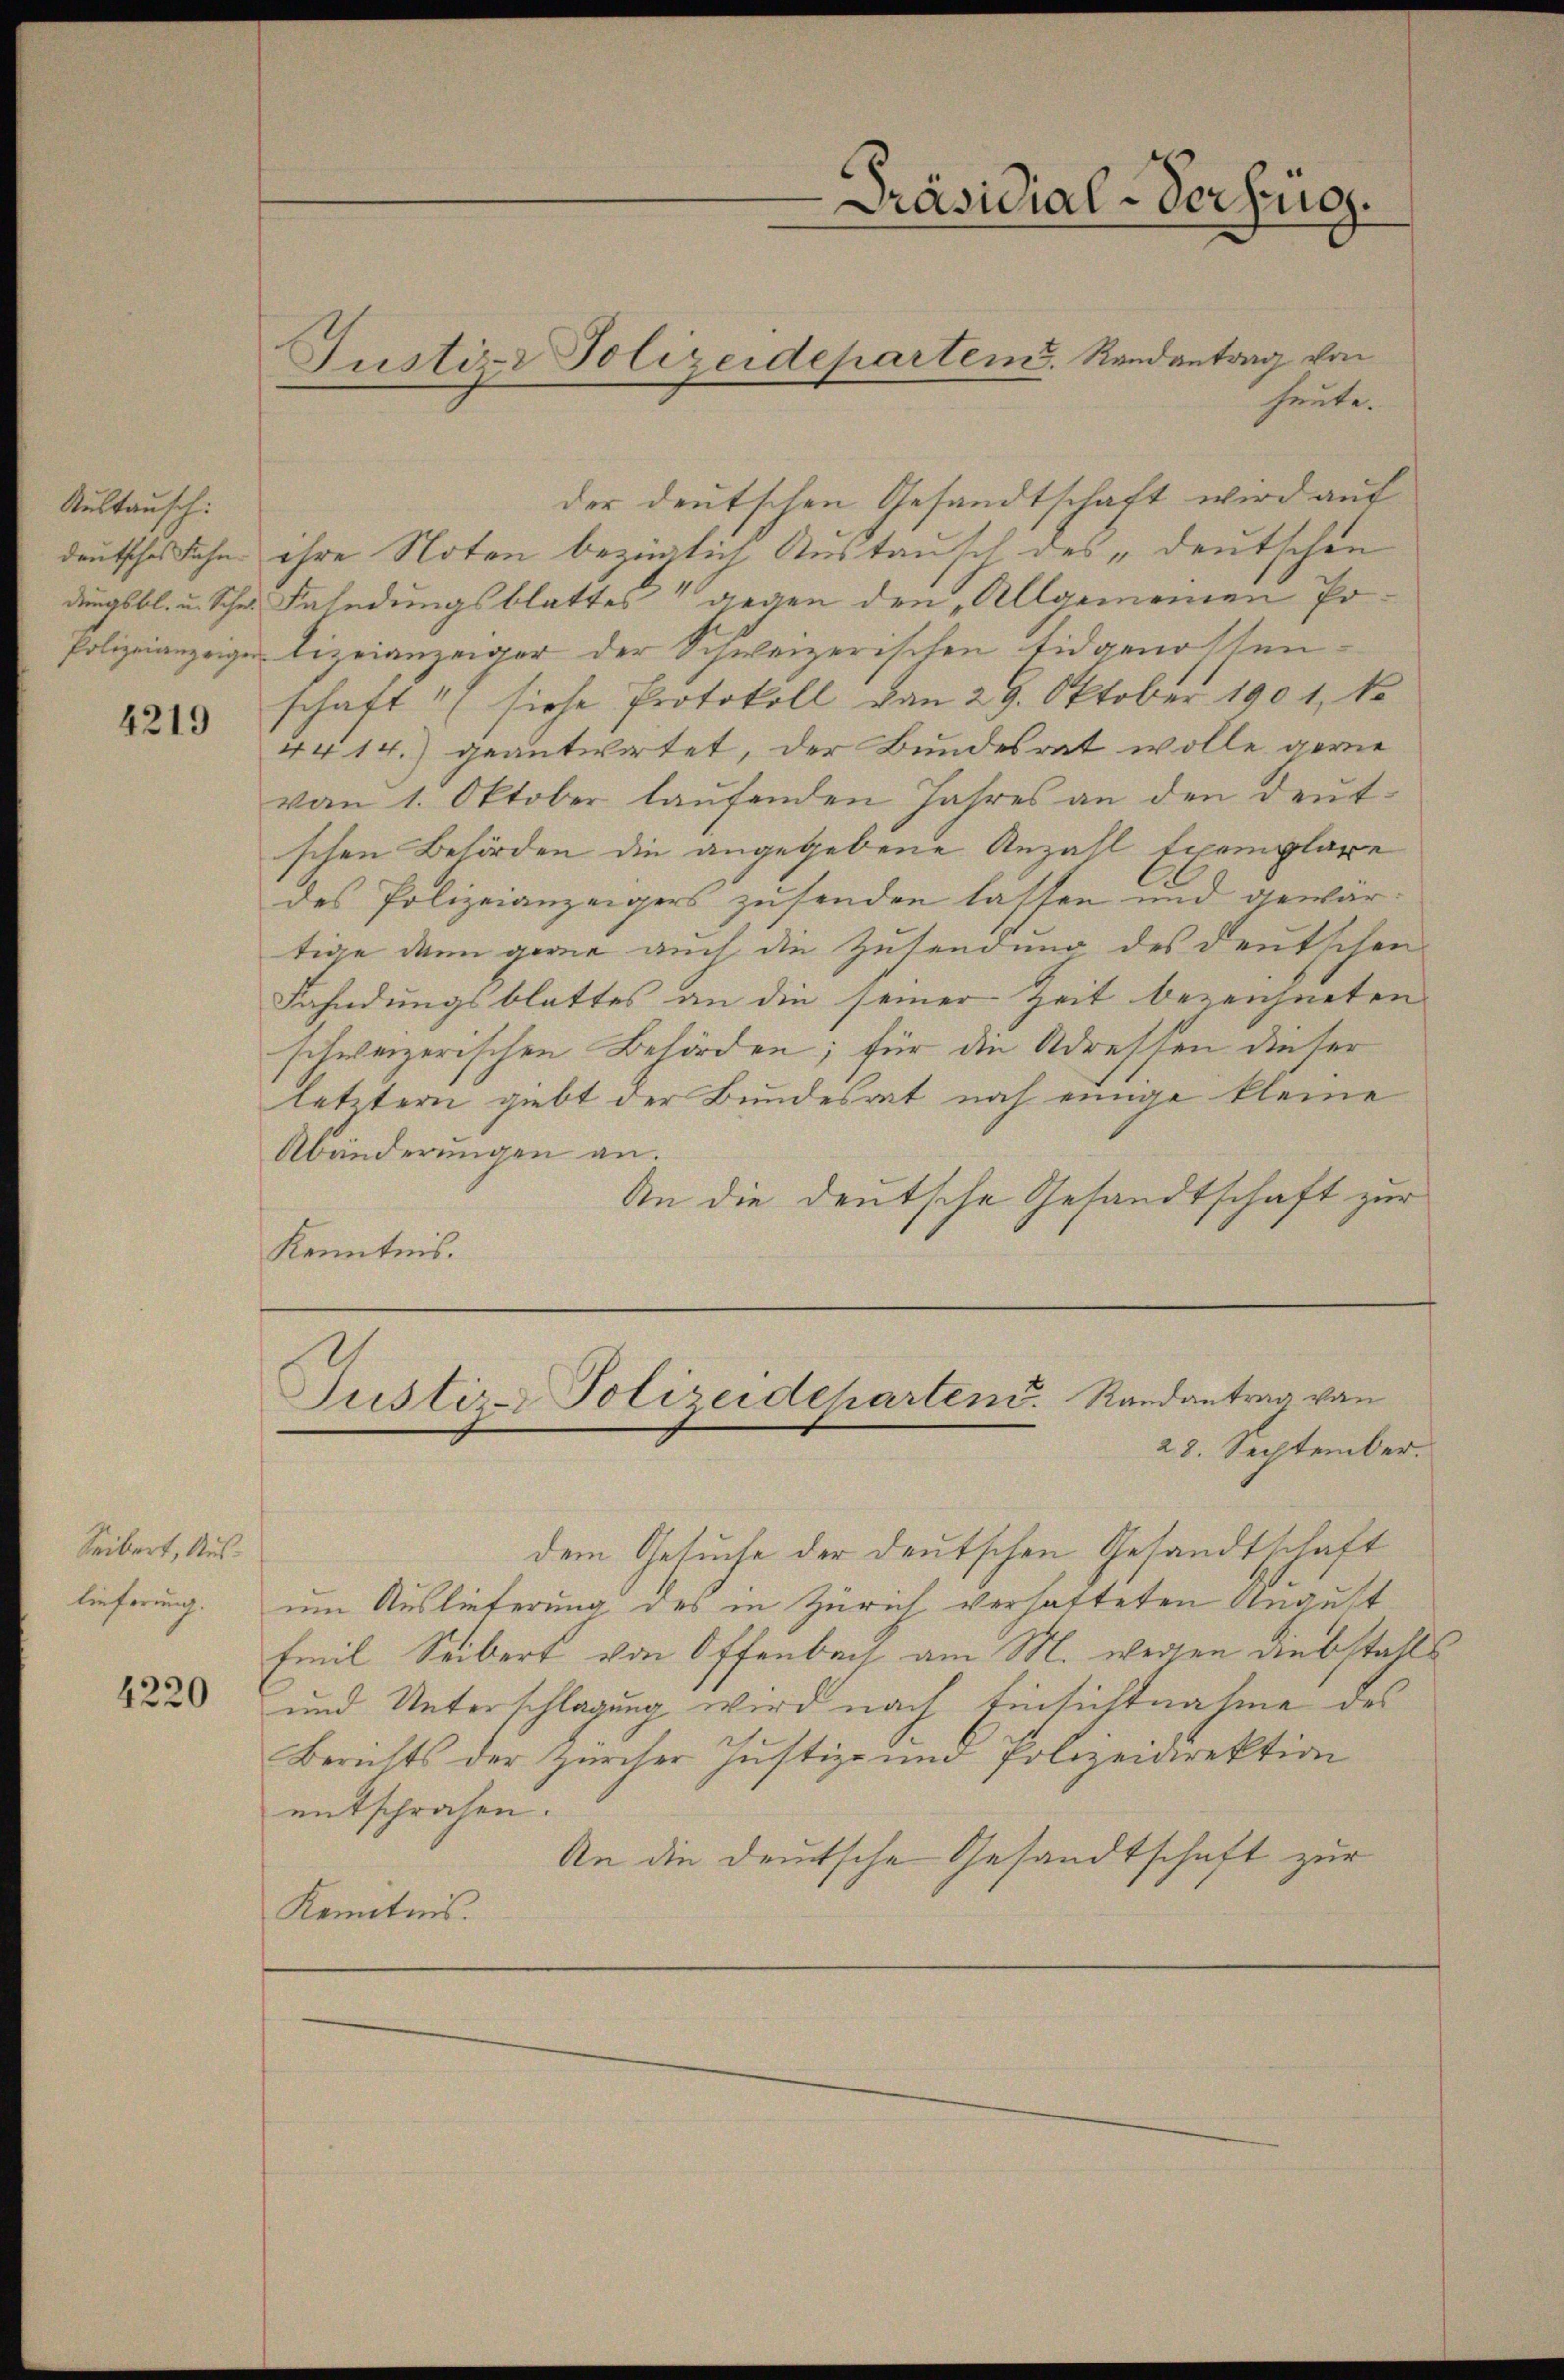
Austausch:

4219

Seibert, Auslieferung.

Justiz- Polizeidepartem Randantrag von

Präsidial-Verfüg

heute.
der deutschen Gesandtschaft wird auf
deutsches Sohn ihre Noten bezüglich Austausch des „deutschen
dungsbl. u. Schr. Fahndungsblattes“ gegen den „Allgemeinen Po¬
Polizeianzeigen Lizeianzeiger der Schweizerischen Eidgenossenschaft“ (siehe Protokoll von 29. Oktober 1901, So
4414.) geantwortet, der Bundesrat wolle gewie
vom 1. Oktober laufenden Jahres an den deut-
schen Behörden die angegebene Anzahl Exemplare
des Polizeianzeigers zusenden lassen und gewärtige dann gerne auch die Zusendung des deutschen
Fahndungsblattes an die seiner Zeit bezeichneten
schweizerischen Behörden; für die Adressen dieser
letztern gibt der Bundesrat noch einige kleine
Abänderungen an.
An die deutsche Gesandtschaft zur
Kenntnis.

Justiz- Polizeideparten Randantrag von
28. September.

dem Gesuche der deutschen Gesandtschaft
um Auslieferung des in Zürich, verhatteten August
fmil Seibert von Offenbach am M. wegen Diebstalls
1885 und Unterschlagung wird nach Einsichtnahme des
Berichts der Zürcher Justiz- und Polizeidirektion
entsprochen.
An die deutsche Gesandtschaft zur
Kenntnis.